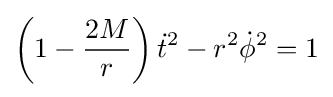
\left(1-{\frac {2M}{r}}\right){\dot {t}}^{2}-r^{2}{\dot {\phi }}^{2}=1